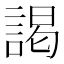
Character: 謁